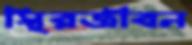
স্থিরজীবন